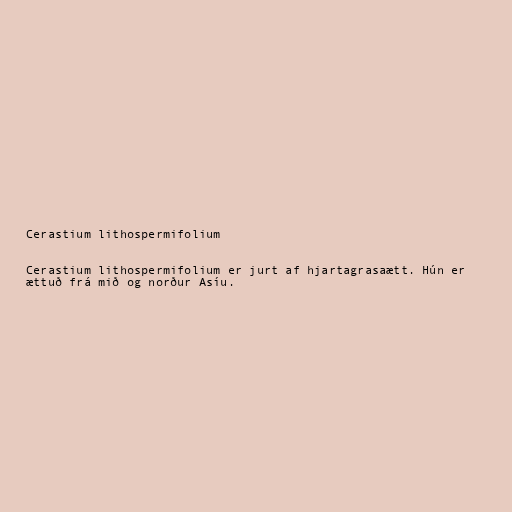
Cerastium lithospermifolium

Cerastium lithospermifolium er jurt af hjartagrasaætt. Hún er
ættuð frá mið og norður Asíu.